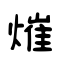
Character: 熣